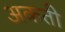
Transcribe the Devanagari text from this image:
अकती